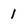
Character: 1